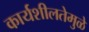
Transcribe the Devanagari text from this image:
कार्यशीलतेमुळे